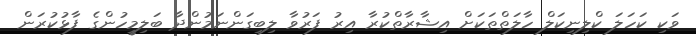
ވަކި ކަހަލަ ކްލިނިކަލް ހާލަތްތަކަށް އިޝާރާތްކުރާ އިރު ފަރުވާ ލިބިގަންނަމުންދާ ބަލިމީހުންގެ ފާޅުކުރަން